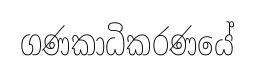
ගණකාධිකරණයේ